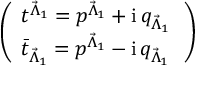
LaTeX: \left( \begin{array} { l } { { t ^ { { \vec { \Lambda } } _ { 1 } } = p ^ { { \vec { \Lambda } } _ { 1 } } + \mathrm { i } \, q _ { { \vec { \Lambda } } _ { 1 } } \, } } \\ { { { \bar { t } } _ { { \vec { \Lambda } } _ { 1 } } = p ^ { { \vec { \Lambda } } _ { 1 } } - \mathrm { i } \, q _ { { \vec { \Lambda } } _ { 1 } } \, } } \end{array} \right)